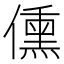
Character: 𬿿